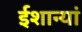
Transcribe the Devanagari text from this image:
ईशान्यां